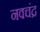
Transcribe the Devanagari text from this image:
नवचंद्र